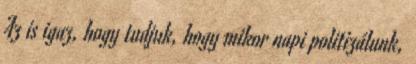
Az is igaz, hogy tudjuk, hogy mikor napi politizálunk,